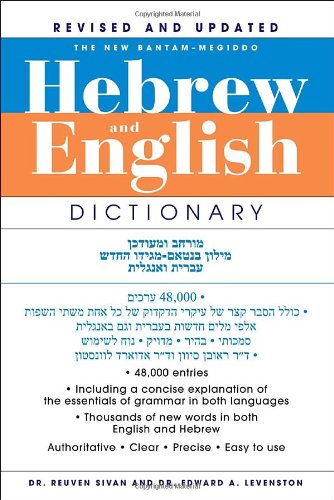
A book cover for The New Bantam-Megiddo Hebrew & English Dictionary, Revised; Reuben Sivan; Reference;